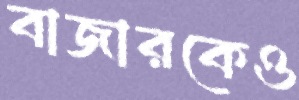
বাজারকেও